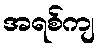
အရစ်ကျ